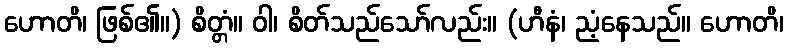
ဟောတိ၊ ဖြစ်၏။) စိတ္တံ။ ဝါ၊ စိတ်သည်သော်လည်း။ (ဟီနံ၊ ညံ့နေသည်။ ဟောတိ၊